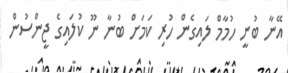
އޭނާ ބުނީ ހުމާމް ލައިގެން ހުރި ކަމަށް ބުނާ ނޫ ކުލައިގެ ޖީންސުން